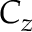
C _ { z }